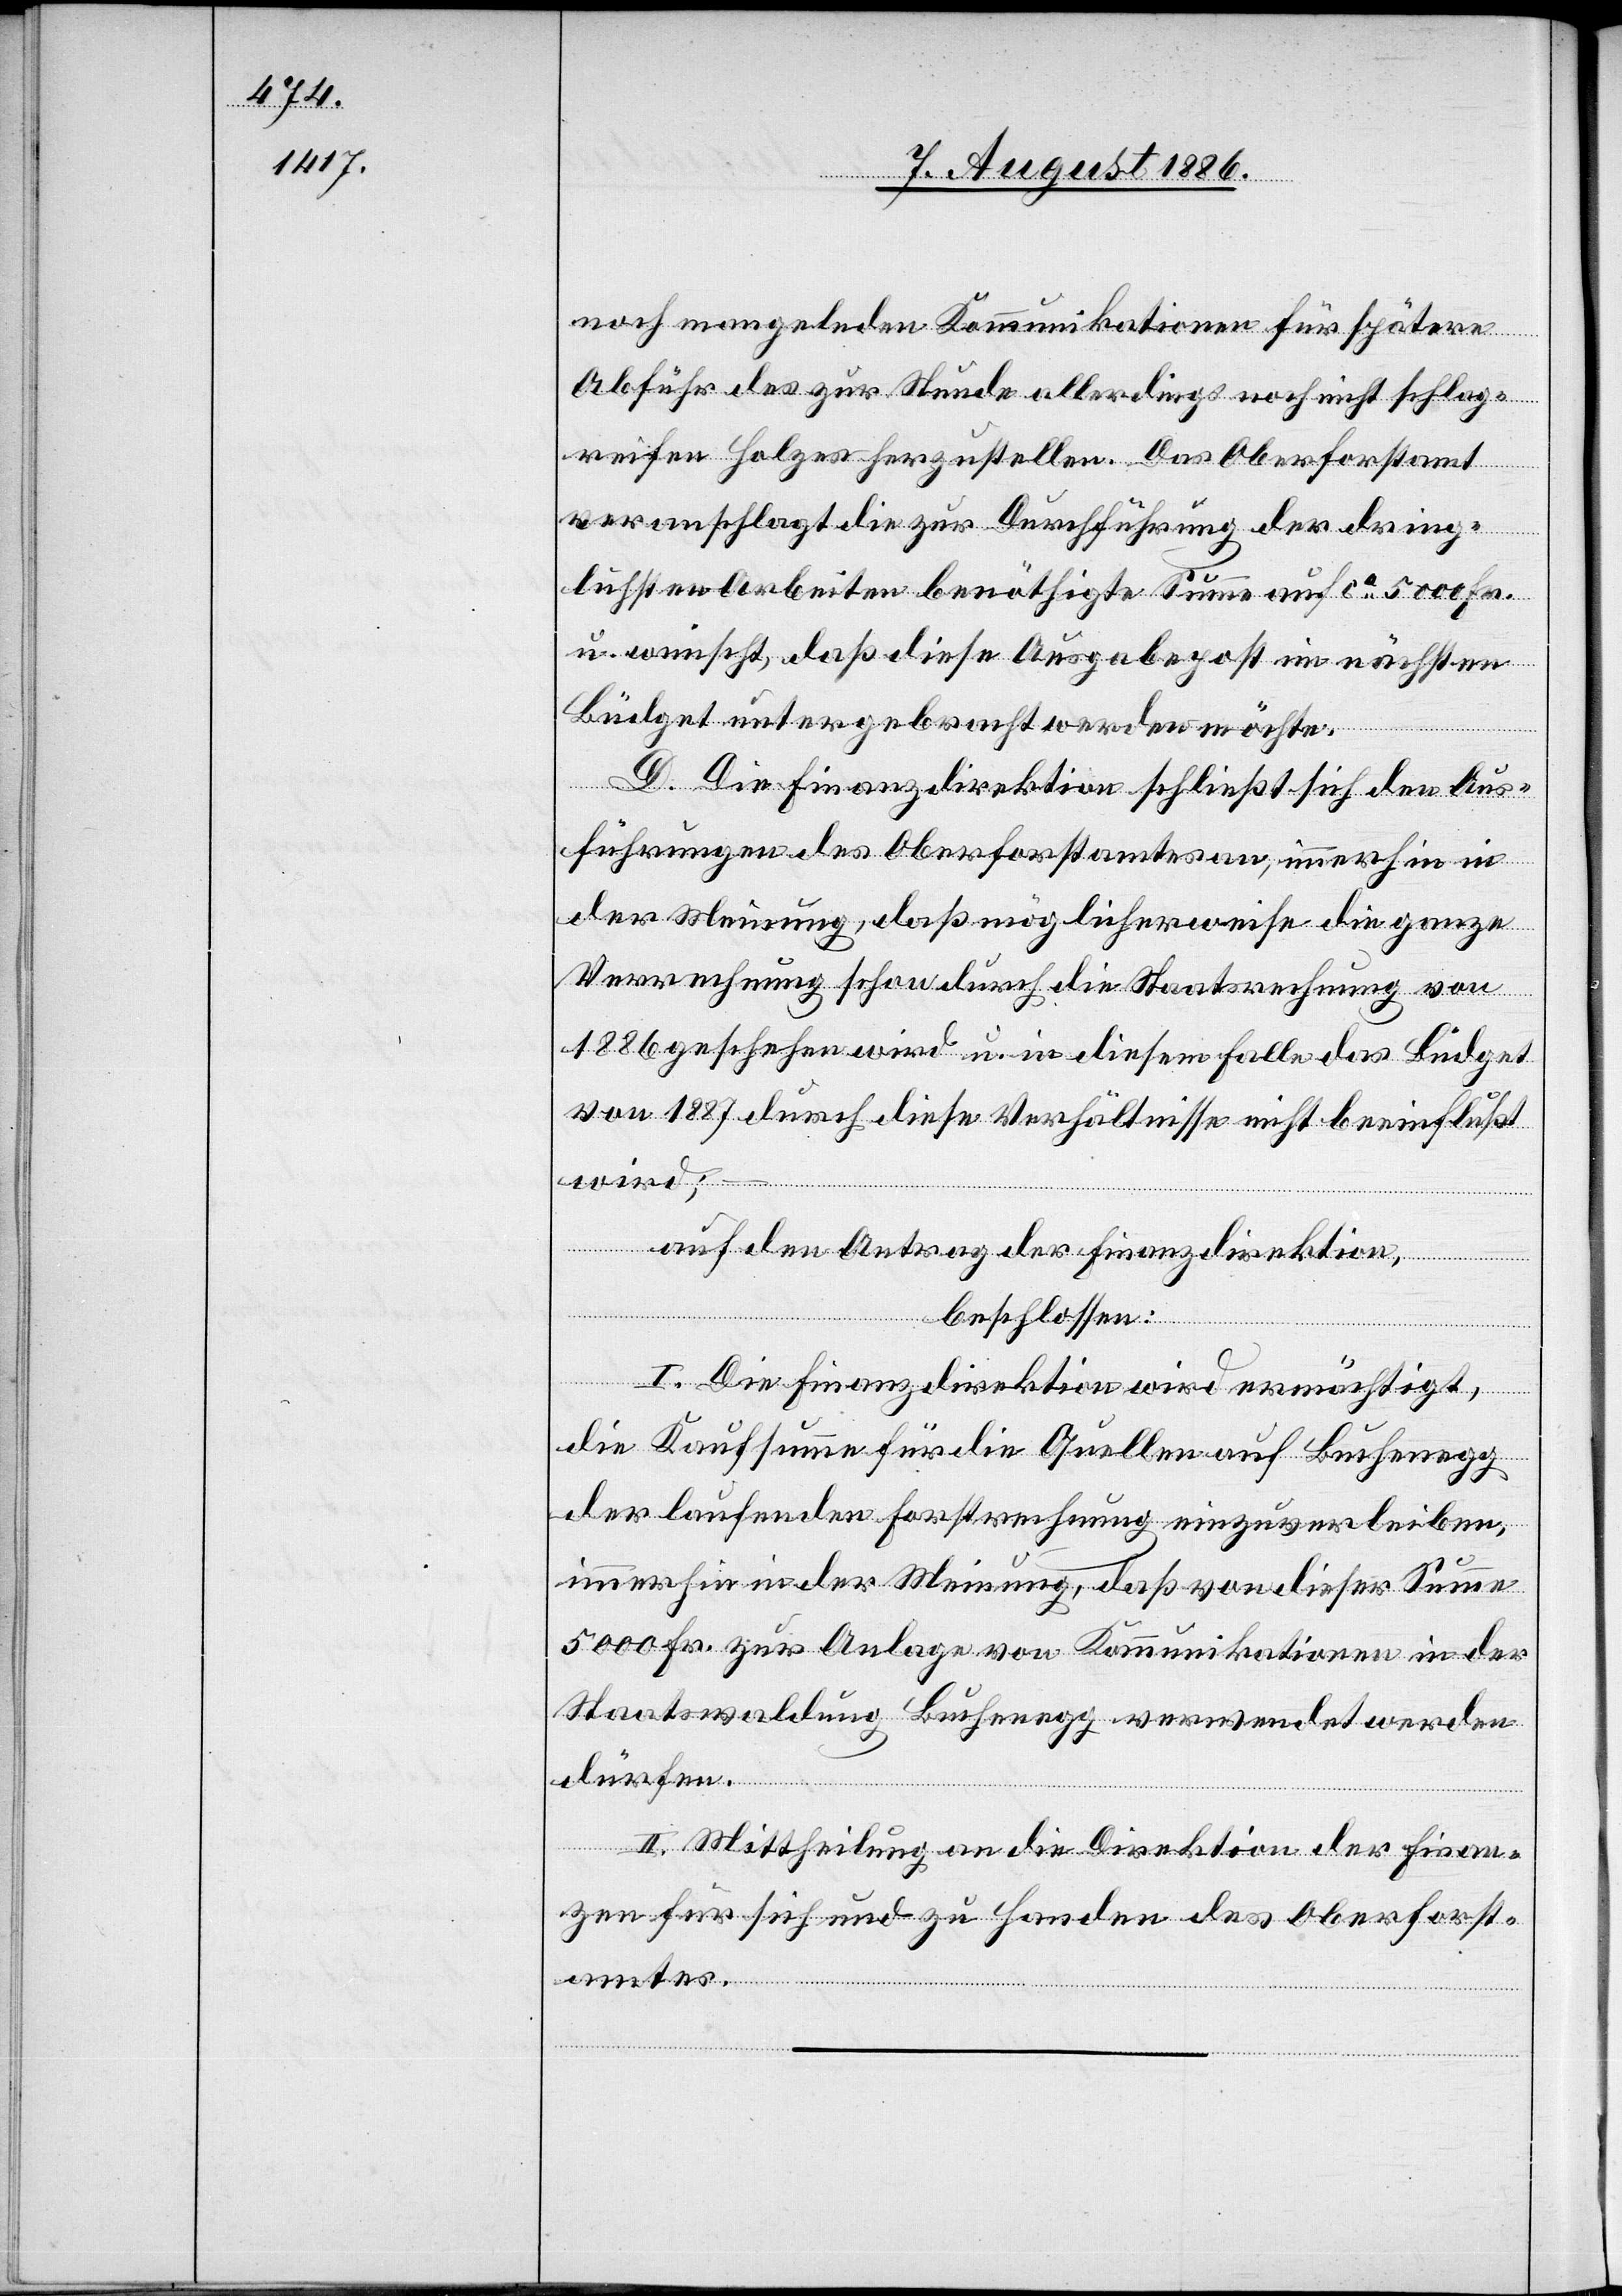
noch mangelnden Kommunikationen für spätere
Abfuhr des zur Stunde allerdings noch nicht schlag¬
reifen Holzes herzustellen. Das Oberforstamt
veranschlagt die zur Durchführung der dring¬
lichsten Arbeiten benöthigte Summe auf ca 5000 Fr.
u. wünscht, daß diese Ausgabepost im nächsten
Büdget untergebracht werden möchte.
D. Die Finanzdirektion schließt sich den Aus¬
führungen des Oberforstamtes an, immerhin in
wird;
der Meinung, daß möglicherweise die ganze
Verrechnung schon durch die Staatsrechnung von
1886 geschehen wird u. in diesem Falle das Büdget
von 1887 durch diese Verhältnisse nicht beeinflußt
auf den Antrag der Finanzdirektion,
beschlossen:
I. Die Finanzdirektion wird ermächtigt,
die Kaufsumme für die Quellen auf Buchenegg
der laufenden Forstrechnung einzuverleiben,
immerhin in der Meinung, daß von dieser Summe
5000 Fr. zur Anlage von Kommunikationen in der
Staatswaldung Buchenegg verwendet werden
dürfen.
II. Mittheilung an die Direktion der Finan¬
zen für sich und zu Handen des Oberforst¬
amtes.